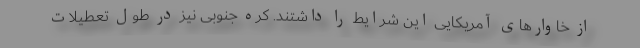
از خاوارهای آمریکایی این شرایط را داشتند. کره جنوبی نیز در طول تعطیلات